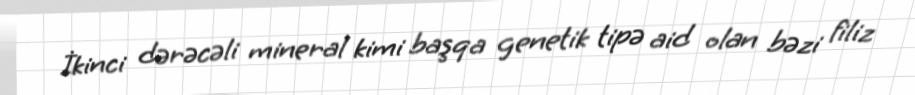
İkinci dərəcəli mineral kimi başqa genetik tipə aid olan bəzi filiz